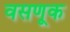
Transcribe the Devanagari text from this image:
वसणूक